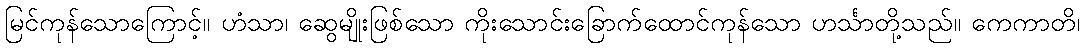
မြင်ကုန်သောကြောင့်။ ဟံသာ၊ ဆွေမျိုးဖြစ်သော ကိုးသောင်းခြောက်ထောင်ကုန်သော ဟင်္သာတို့သည်။ ကေကာတိ၊